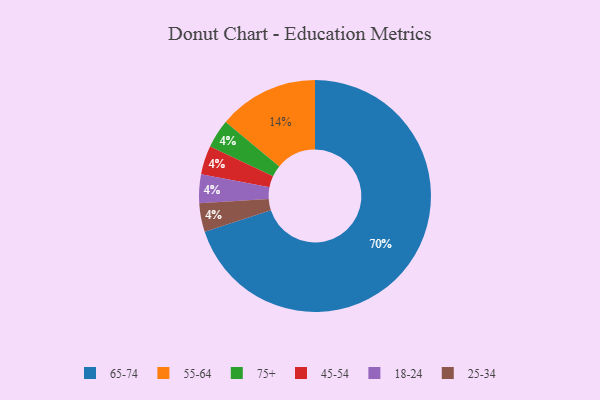
{"axis": {"x": "Category", "y": "Percentage"}, "legend": ["18-24", "25-34", "45-54", "55-64", "65-74", "75+"], "data": [{"x": "75+", "y": 4, "type": "75+"}, {"x": "65-74", "y": 70, "type": "65-74"}, {"x": "45-54", "y": 4, "type": "45-54"}, {"x": "55-64", "y": 14, "type": "55-64"}, {"x": "18-24", "y": 4, "type": "18-24"}, {"x": "25-34", "y": 4, "type": "25-34"}]}